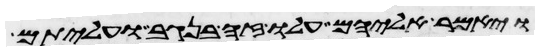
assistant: ויאמר אליהם עלו זה בנגב ועליתם